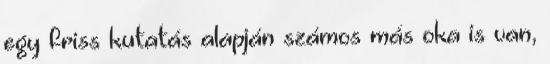
egy friss kutatás alapján számos más oka is van,